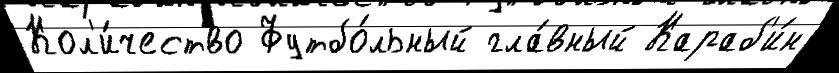
Кол'и́чество Футбо́льный гла́вный Караб'и́н